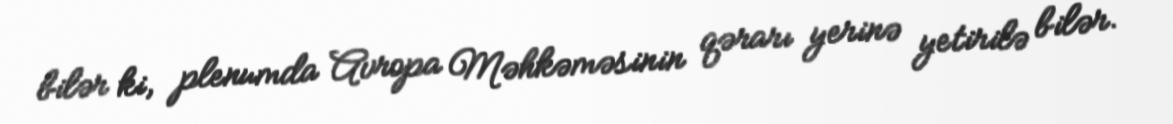
bilər ki, plenumda Avropa Məhkəməsinin qərarı yerinə yetirilə bilər.